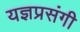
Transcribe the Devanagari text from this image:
यज्ञप्रसंगी